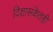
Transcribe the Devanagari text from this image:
दिशासंकेतही